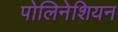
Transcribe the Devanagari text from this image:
पोलिनेशियन